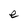
Character: e